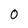
Character: 0